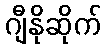
ဂျီနိုဆိုက်